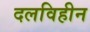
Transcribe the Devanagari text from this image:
दलविहीन